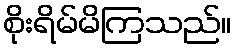
စိုးရိမ်မိကြသည်။